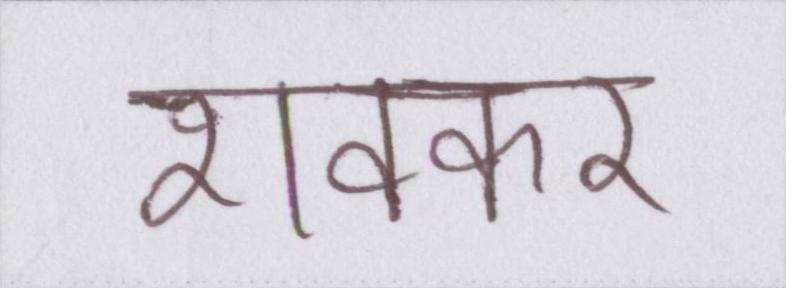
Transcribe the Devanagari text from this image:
शक्कर